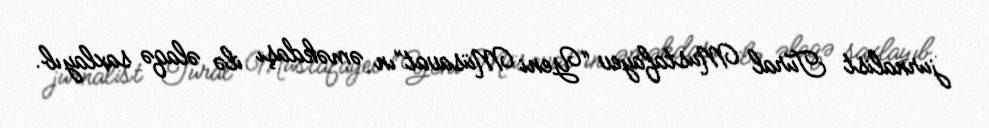
jurnalist Tural Mustafayev “Yeni Müsavat”ın əməkdaşı ilə əlaqə saxlayıb.